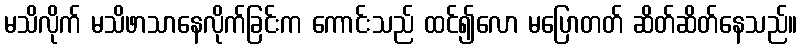
မသိလိုက် မသိဖာသာနေလိုက်ခြင်းက ကောင်းသည် ထင်၍လော မပြောတတ် ဆိတ်ဆိတ်နေသည်။